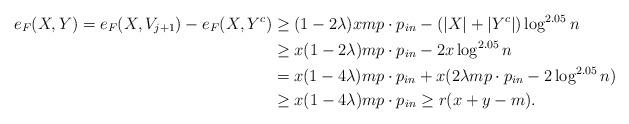
LaTeX: \begin{align*} e_{F}(X,Y) = e_{F}(X,V_{j+1}) - e_{F}(X,Y^c) & \geq (1- 2\lambda )xmp\cdot p_{in}- (|X|+ |Y^c|)\log ^{2.05}n\\ & \geq x(1-2\lambda )mp\cdot p_{in} - 2x\log ^{2.05}n\\ & = x(1-4 \lambda )mp\cdot p_{in} + x(2\lambda mp\cdot p_{in} - 2 \log ^{2.05} n)\\ & \geq x(1-4 \lambda )mp \cdot p_{in} \geq r(x + y - m).\end{align*}